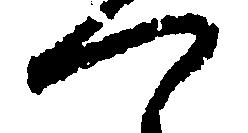
つ